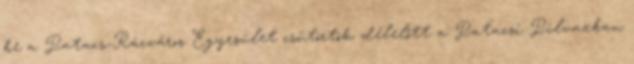
be a Patacs-Rácváros Egyesület csütörtök délelőtt a Patacsi Pilvaxban